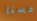
حسنا